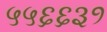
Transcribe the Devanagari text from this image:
५५६६३१